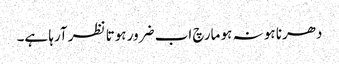
دھرنا ہو نہ ہو مارچ اب ضرور ہوتا نظر آرہا ہے۔